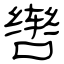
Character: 辔